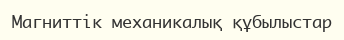
Магниттік механикалық құбылыстар